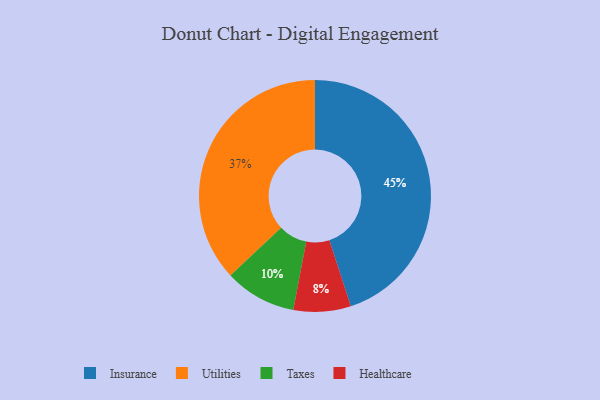
{"axis": {"x": "Category", "y": "Percentage"}, "legend": ["Healthcare", "Insurance", "Taxes", "Utilities"], "data": [{"x": "Healthcare", "y": 8, "type": "Healthcare"}, {"x": "Insurance", "y": 45, "type": "Insurance"}, {"x": "Taxes", "y": 10, "type": "Taxes"}, {"x": "Utilities", "y": 37, "type": "Utilities"}]}